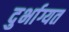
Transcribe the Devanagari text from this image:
दुर्भाग्यत